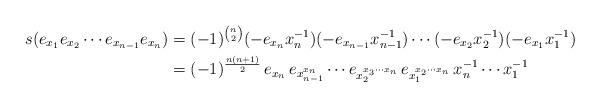
LaTeX: \begin{align*}s(e_{x_1}e_{x_2}\cdots e_{x_{n-1}} e_{x_n}) &= (-1)^{n \choose 2}(- e_{x_n}x_n^{-1})(- e_{x_{n-1}}x_{n-1}^{-1}) \cdots (-e_{x_2}x_2^{-1})(-e_{x_1}x_1^{-1}) \\&=(-1)^{\frac{n(n+1)}{2}}\, e_{x_n} \, e_{x_{n-1}^{x_n}} \cdots e_{x_2^{x_3\cdots x_n}}\, e_{x_1^{x_2\cdots x_n}} \, x_n^{-1} \cdots x_1^{-1}\end{align*}